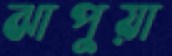
ঝাপুয়া